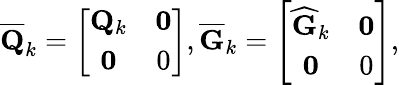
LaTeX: \begin{array}{r}{\mathbf{\overline{{Q}}}_{k}=\left[\begin{array}{cc}{\mathbf{Q}_{k}}&{\mathbf{0}}\\ {\mathbf{0}}&{0}\end{array}\right],\overline{{\mathbf{G}}}_{k}=\left[\begin{array}{cc}{{\widehat{\mathbf{G}}}_{k}}&{\mathbf{0}}\\ {\mathbf{0}}&{0}\end{array}\right],}\end{array}